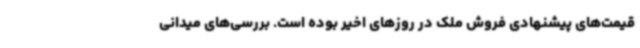
قیمت‌های پیشنهادی فروش ملک در روزهای اخیر بوده است. بررسی‌های میدانی